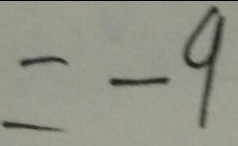
= - 9